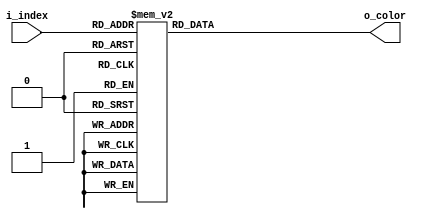
`default_nettype none

module bitmap1_palette (
  input  wire [3:0] i_index,
  output reg  [8:0] o_color
);

  always @(*) begin
    case(i_index)
      4'd00: o_color = 9'h000;
      4'd01: o_color = 9'h04D;
      4'd02: o_color = 9'h055;
      4'd03: o_color = 9'h09E;
      4'd04: o_color = 9'h0A7;
      4'd05: o_color = 9'h0AF;
      4'd06: o_color = 9'h0C0;
      4'd07: o_color = 9'h110;
      4'd08: o_color = 9'h140;
      4'd09: o_color = 9'h199;
      4'd10: o_color = 9'h1C0;
      4'd11: o_color = 9'h1E5;
      4'd12: o_color = 9'h1E9;
      4'd13: o_color = 9'h1F5;
      4'd14: o_color = 9'h1FA;
      4'd15: o_color = 9'h1FF;
      default: o_color = 9'h000;
    endcase
  end
endmodule